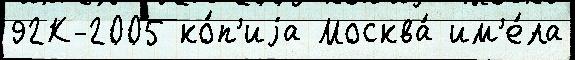
92К-2005 ко́п'иjа Москва́ им'е́ла